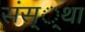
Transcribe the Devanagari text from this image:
संस््था